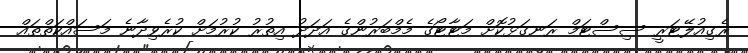
ރެގިއުލޭޓަރީ ސިސްޓަމް ރަނގަޅުކޮށް މަޓާޓޯގެ މެމްބަރުންގެ އަދަދު އިތުރު ކުރުމަށް ކުރެވިދާނެ މަސައްކަތްތައް